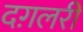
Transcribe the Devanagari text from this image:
दग़लरी